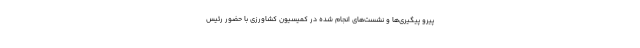
پیرو پیگیری‌ها و نشست‌های انجام شده در کمیسیون کشاورزی با حضور رئیس